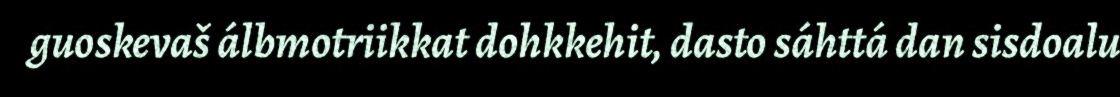
guoskevaš álbmotriikkat dohkkehit, dasto sáhttá dan sisdoalu